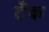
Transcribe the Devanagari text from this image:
टॅँक